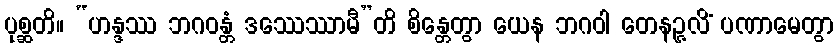
ပုစ္ဆတိ။ “ဟန္ဒဿ ဘဂဝန္တံ ဒဿေဿာမီ”တိ စိန္တေတွာ ယေန ဘဂဝါ တေနဉ္ဇလိံ ပဏာမေတွာ